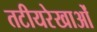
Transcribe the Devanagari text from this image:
तटीयरेखाओं